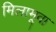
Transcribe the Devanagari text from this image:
मिलामूवा